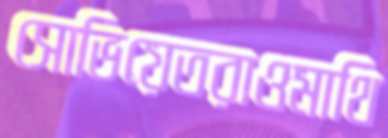
সোভিয়েতরাওমাথি